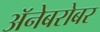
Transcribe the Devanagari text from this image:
अॅनेबरोबर